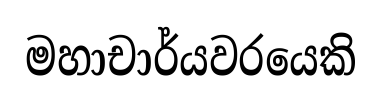
මහාචාර්යවරයෙකි